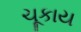
ચૂકાય